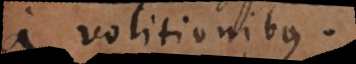
a volitionibus.